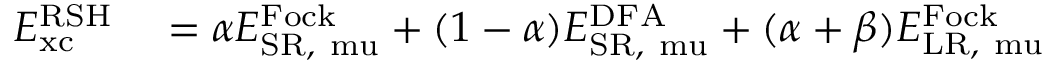
\begin{array} { r l } { E _ { \mathrm { { x c } } } ^ { \mathrm { { R S H } } } } & { { } = \alpha E _ { \mathrm { { S R , } \ m u } } ^ { \mathrm { { F o c k } } } + ( 1 - \alpha ) E _ { \mathrm { { S R , } \ m u } } ^ { \mathrm { { D F A } } } + ( \alpha + \beta ) E _ { \mathrm { { L R , } \ m u } } ^ { \mathrm { { F o c k } } } } \end{array}